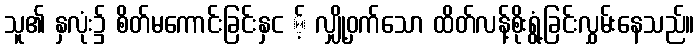
သူ၏ နှလုံး၌ စိတ်မကောင်းခြင်းနှင ့် လျှို့ဝှက်သော ထိတ်လန့်စိုးရွံ့ခြင်းလွှမ်းနေသည်။